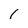
Character: I